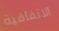
الاتفاقية